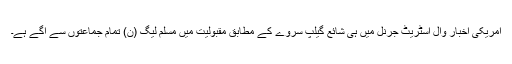
امریکی اخبار وال اسٹریٹ جرنل میں ہی شائع گیلپ سروے کے مطابق مقبولیت میں مسلم لیگ (ن) تمام جماعتوں سے آگے ہے۔